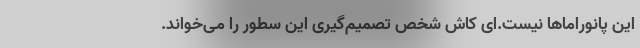
این پانوراما‌ها نیست.‌ای کاش شخص تصمیم‌گیری این سطور را می‌خواند.